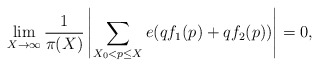
\begin{align*} \lim_{X \rightarrow \infty} \frac{1}{\pi(X)} \left| \sum_{X_0 < p \leq X} e(qf_1(p) + qf_2(p))\right| = 0,\end{align*}